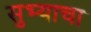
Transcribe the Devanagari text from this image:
सुभ्याचा